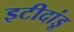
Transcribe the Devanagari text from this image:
इटीदांडू